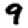
Digit: 9